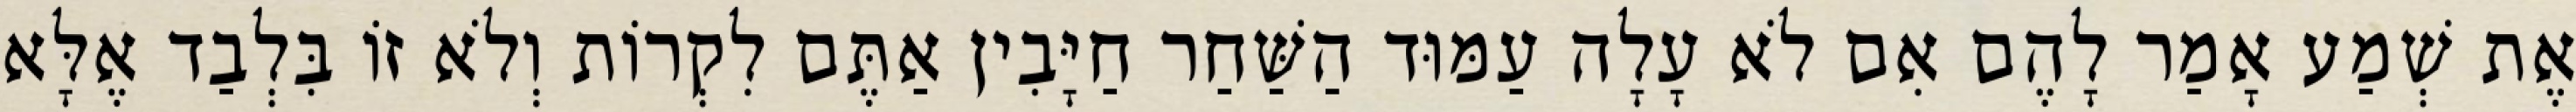
אֶת שְׁמַע אָמַר לָהֶם אִם לֹא עָלָה עַמּוּד הַשַּׁחַר חַיָּבִין אַתֶּם לִקְרוֹת וְלֹא זוֹ בִּלְבַד אֶלָּא